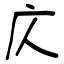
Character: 庂